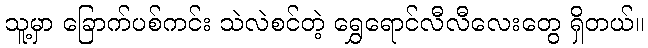
သူ့မှာ ခြောက်ပစ်ကင်း သဲလဲစင်တဲ့ ရွှေရောင်လီလီလေးတွေ ရှိတယ်။